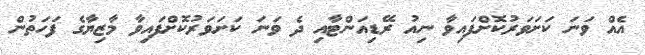
އެއް ވަނަ ކަށަވަރުކޮށްފައިވާ ނިއު ރޭޑިއަންޓާއި ދެ ވަނަ ކަށަވަރުކޮށްފައިވާ މާޒިޔާގެ ފަހަތުން